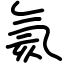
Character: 氦